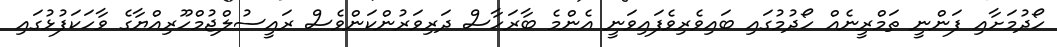
ހޯދުމަށާއި ފަންނީ ތަމްރީނެއް ހޯދުމުގައި ބައިވެރިވެފައިވަނީ އެންމެ ބާރަހާސް ދަރިވަރުންކަންވެސް ރައީސުލްޖުމްހޫރިއްޔާގެ ވާހަކަފުޅުގައި